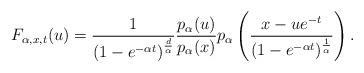
LaTeX: \begin{align*}F_{\alpha,x,t}(u) = \frac{1}{\left(1- e^{-\alpha t}\right)^{\frac{d}{\alpha}}} \frac{p_\alpha(u)}{p_\alpha(x)} p_\alpha\left( \dfrac{x-ue^{-t}}{(1- e^{-\alpha t})^{\frac{1}{\alpha}}} \right). \end{align*}